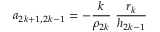
a _ { 2 k + 1 , 2 k - 1 } = - \frac { k } { \rho _ { 2 k } } \ \frac { r _ { k } } { h _ { 2 k - 1 } }